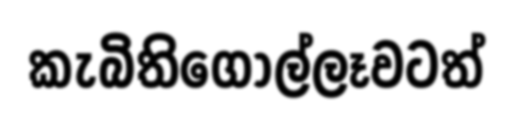
කැබිතිගොල්ලෑවටත්